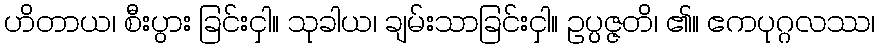
ဟိတာယ၊ စီးပွား ခြင်းငှါ။ သုခါယ၊ ချမ်းသာခြင်းငှါ။ ဥပ္ပဇ္ဇတိ၊ ၏။ ဧကပုဂ္ဂလဿ၊